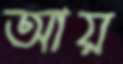
আয়